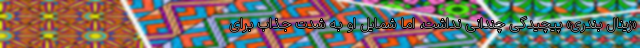
«زینال بندری» پیچیدگی چندانی نداشت، اما شمایل او به شدت جذاب برای